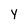
Character: Y